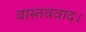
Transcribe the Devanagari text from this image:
वास्तववाद।